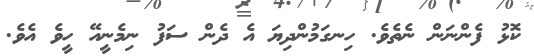
ކޮޅު ފެންނަން ނެތެވެ. ހިނގަމުންދިޔަ އެ ދެން ސަފު ނިމެނީއޭ ހީވެ އެވެ.